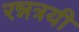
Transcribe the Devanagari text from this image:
रन्नत्रयी